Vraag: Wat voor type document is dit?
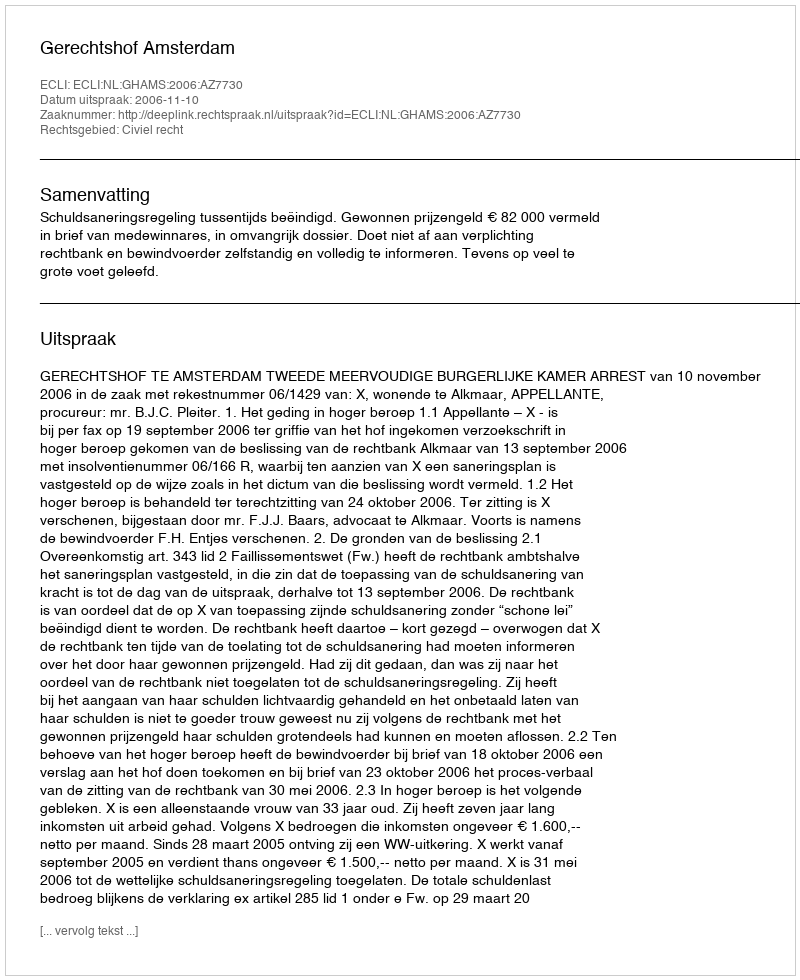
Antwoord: Uitspraak